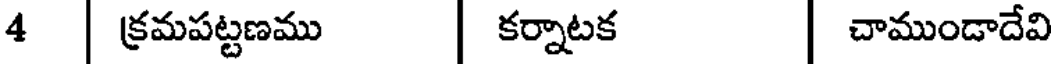
4 | క్రమపట్టణము | కర్నాటక | చాముండాదేవి